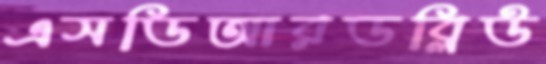
এসডিআরডব্লিউ